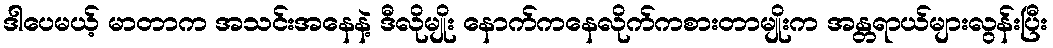
ဒါပေမယ့် မာတာက အသင်းအနေနဲ့ ဒီလိုမျိုး နောက်ကနေလိုက်ကစားတာမျိုးက အန္တရာယ်များလွန်းပြီး